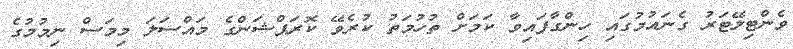
ވެންޓިލޭޓަރު ގެނައުމުގައި ހިންގާފައިވާ ކަމަށް ތުހުމަތު ކުރެވޭ ކޮރަޕްޝަންގެ މައްސަލަ މިމަސް ނިމުމުގެ